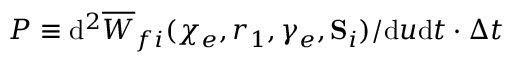
P \equiv \mathrm { d } ^ { 2 } \overline { { W } } _ { f i } ( \chi _ { e } , r _ { 1 } , \gamma _ { e } , { \bf S } _ { i } ) / \mathrm { d } u \mathrm { d } t \cdot \Delta t